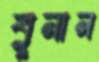
বুনান